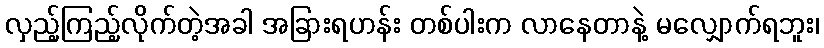
လှည့်ကြည့်လိုက်တဲ့အခါ အခြားရဟန်း တစ်ပါးက လာနေတာနဲ့ မလျှောက်ရဘူး၊